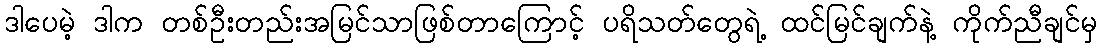
ဒါပေမဲ့ ဒါက တစ်ဦးတည်းအမြင်သာဖြစ်တာကြောင့် ပရိသတ်တွေရဲ့ ထင်မြင်ချက်နဲ့ ကိုက်ညီချင်မှ